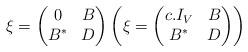
LaTeX: \begin{align*} \xi = \left( \begin{matrix} 0 & B \\ B^* & D \end{matrix} \right) \left( \xi = \left( \begin{matrix} c.I_{V} & B \\ B^* & D \end{matrix} \right) \right)\end{align*}